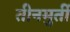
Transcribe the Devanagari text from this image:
तीनमुर्ती